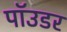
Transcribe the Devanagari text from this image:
पॉउडर